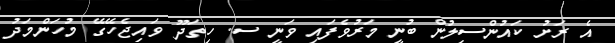
އެ ރަށު ކައުންސިލުން ބުނީ މަރުވެފައި ވަނީ ސ. ހިތަދޫ ވައިޖެހޭގޭ މުހަންމަދު